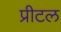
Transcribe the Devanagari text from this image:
प्रीटल